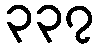
၃၃၇